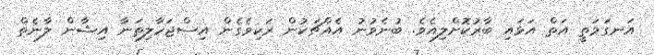
އަނގަމަތީ އަތް އަޅައި ބާރުކޮށްލިއެވެ. ބުނެވުނު އެއްޗަކުން ރަކިވެގެން އިސްޖަހާލިތަނާ އިޝާން ލާނެތް